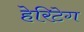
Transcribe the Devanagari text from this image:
हेरिटेग